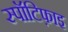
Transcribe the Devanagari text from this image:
स्पॉटिफ़ाइ